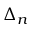
\Delta _ { n }